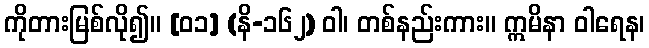
ကိုတားမြစ်လို၍။ [၀၁] (နိ-၁၆၂) ဝါ၊ တစ်နည်းကား။ ဣမိနာ ဝါရေန၊